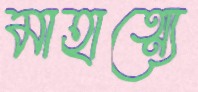
মাহাত্ম্যে